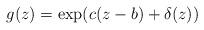
LaTeX: \begin{align*}g(z)=\exp\!\left(c(z-b)+\delta(z)\right)\end{align*}